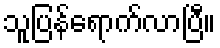
သူပြန်ရောက်လာပြီ။